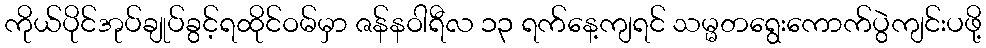
ကိုယ်ပိုင်အုပ်ချုပ်ခွင့်ရထိုင်ဝမ်မှာ ဇန်နဝါရီလ ၁၃ ရက်နေ့ကျရင် သမ္မတရွေးကောက်ပွဲကျင်းပဖို့